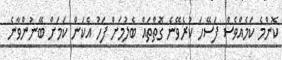
ކޮންމެ ކަމެއްވެސް ފަސޭހަ ކުރެވޭނެ ގޮތްތައް ބެލުމަށް ފަހު އެކަން ކަމަށް ބޭނުންވާނެ